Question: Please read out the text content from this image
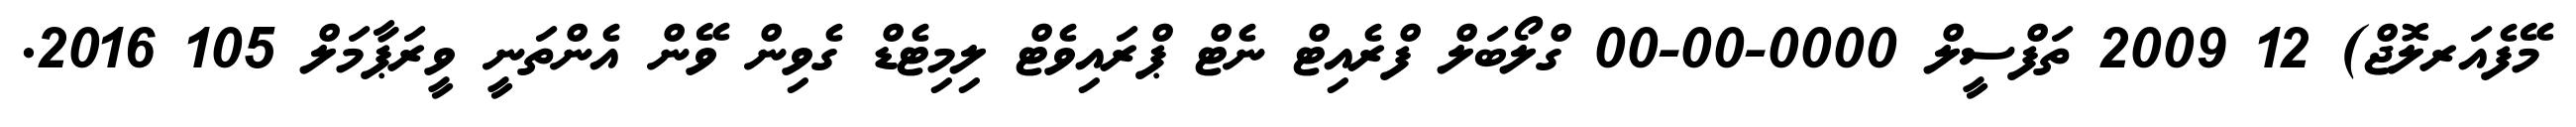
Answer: މޭފެއަރލޮޖް) 12 2009 ތަފްސީލް 0000-00-00 ގްލޯބަލް ފްރެއިޓް ނެޓް ޕްރައިވެޓް ލިމިޓެޑް ގެވިން ވޭން އެންތަނީ ވީރަޕާމަލް 105 2016.